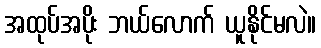
အထုပ်အပိုး ဘယ်လောက် ယူနိုင်မလဲ။